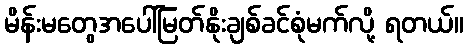
မိန်းမတွေအပေါ်မြတ်နိုးချစ်ခင်စုံမက်လို့ ရတယ်။